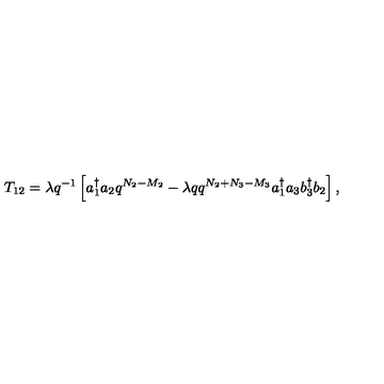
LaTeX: T _ { 1 2 } = \lambda q ^ { - 1 } \left[ a _ { 1 } ^ { \dag } a _ { 2 } q ^ { N _ { 2 } - M _ { 2 } } - \lambda q q ^ { N _ { 2 } + N _ { 3 } - M _ { 3 } } a _ { 1 } ^ { \dag } a _ { 3 } b _ { 3 } ^ { \dag } b _ { 2 } \right] ,